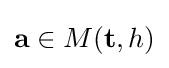
\mathbf {a} \in M(\mathbf {t} ,h)